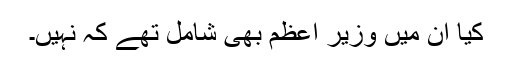
کیا ان میں وزیر اعظم بھی شامل تھے کہ نہیں۔